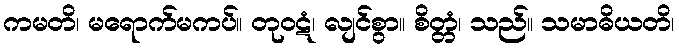
ကမတိ၊ မရောက်မကပ်။ တုဝဋံ၊ လျင်စွာ။ စိတ္တံ၊ သည်။ သမာဓိယတိ၊